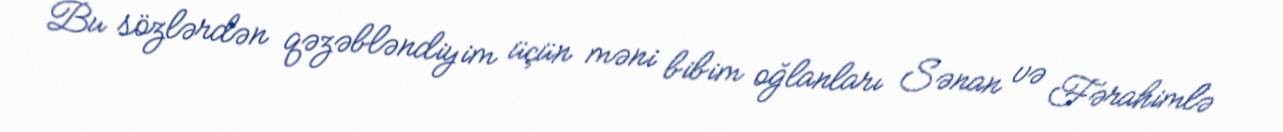
Bu sözlərdən qəzəbləndiyim üçün məni bibim oğlanları Sənan və Fərahimlə